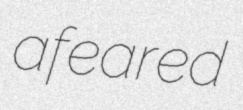
afeared